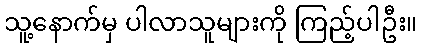
သူ့နောက်မှ ပါလာသူများကို ကြည့်ပါဦး။